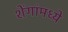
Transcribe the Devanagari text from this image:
शेंगांमध्ये